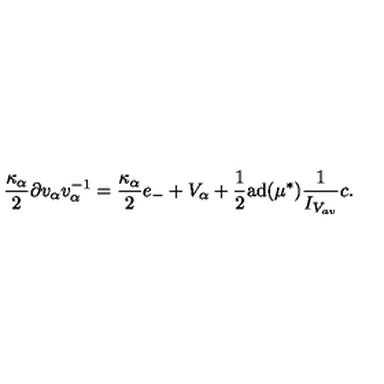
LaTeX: \frac { \kappa _ { \alpha } } { 2 } \partial v _ { \alpha } v _ { \alpha } ^ { - 1 } = \frac { \kappa _ { \alpha } } { 2 } e _ { - } + V _ { \alpha } + \frac { 1 } { 2 } \mathrm { a d } ( \mu ^ { * } ) \frac { 1 } { I _ { V _ { a v } } } c .